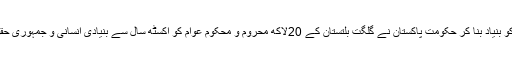
اس فراڈ پر بن مبنی دستاویز کو بنیاد بنا کر حکومت پاکستان نے گلگت بلتستان کے 20لاکھ محروم و محکوم عوام کو اکسٹھ سال سے بنیادی انسانی و جمہوری حقوق سے محروم کر رکھا ہے۔